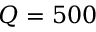
Q = 5 0 0